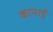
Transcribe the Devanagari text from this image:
कानाई